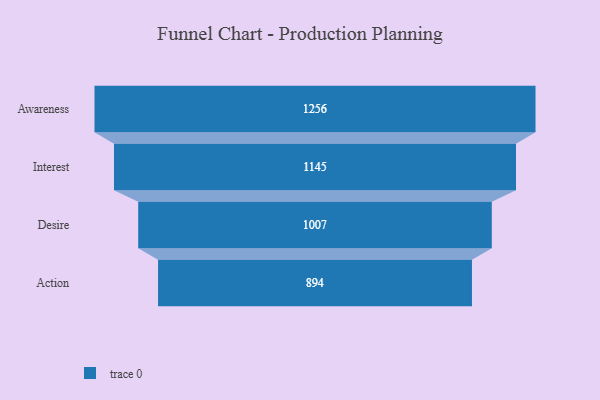
{"axis": {"x": "Stage", "y": "Value"}, "legend": [""], "data": [{"x": "Awareness", "y": 1256.0, "type": ""}, {"x": "Interest", "y": 1145.0, "type": ""}, {"x": "Desire", "y": 1007.0, "type": ""}, {"x": "Action", "y": 894.0, "type": ""}]}